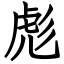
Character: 彪